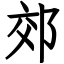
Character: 郊